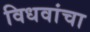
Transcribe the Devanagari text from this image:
विधवांचा